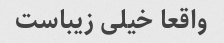
واقعا خیلی زیباست